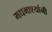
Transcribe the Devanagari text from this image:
मधमाश्यांनी